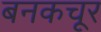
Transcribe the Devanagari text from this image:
बनकचूर